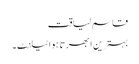
قاسم لیاقت
بہترین ابھرتا ہوا ٹیلنٹ۔